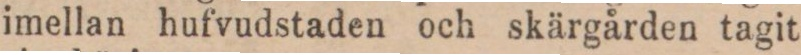
imellan hufvudstaden och skärgården tagit